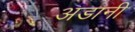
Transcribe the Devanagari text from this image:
अडानी